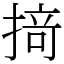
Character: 𢰤